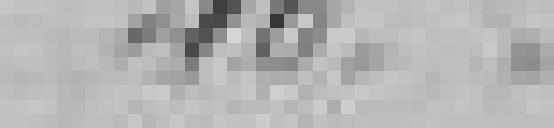
40